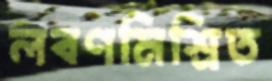
লবণমিশ্রিত